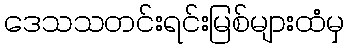
ဒေသသတင်းရင်းမြစ်များထံမှ